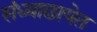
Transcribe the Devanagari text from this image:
संध्याछायेत